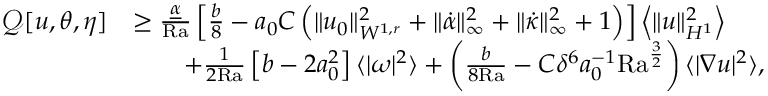
\begin{array} { r l } { \mathcal { Q } [ u , \theta , \eta ] } & { \geq \frac { \underline { { \alpha } } } { \mathrm { { R a } } } \left[ \frac { b } { 8 } - a _ { 0 } C \left( \| u _ { 0 } \| _ { W ^ { 1 , r } } ^ { 2 } + \| \dot { \alpha } \| _ { \infty } ^ { 2 } + \| \dot { \kappa } \| _ { \infty } ^ { 2 } + 1 \right) \right] \left\langle \| u \| _ { H ^ { 1 } } ^ { 2 } \right\rangle } \\ & { \qquad + \frac { 1 } { 2 { \mathrm { R a } } } \left[ b - 2 a _ { 0 } ^ { 2 } \right] \langle | \omega | ^ { 2 } \rangle + \left( \frac { b } { 8 \mathrm { { R a } } } - C \delta ^ { 6 } a _ { 0 } ^ { - 1 } { \mathrm { R a } } ^ { \frac { 3 } { 2 } } \right) \langle | \nabla u | ^ { 2 } \rangle , } \end{array}